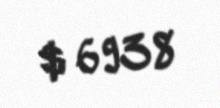
$ 6938